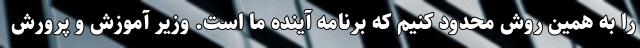
را به همین روش محدود کنیم که برنامه آینده ما است. وزیر آموزش و پرورش